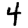
Digit: 4